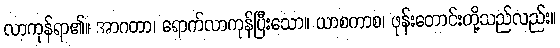
လာကုန်ရာ၏။ အာဂတာ၊ ရောက်လာကုန်ပြီးသော။ ယာစကာစ၊ ဖုန်းတောင်းတို့သည်လည်း။